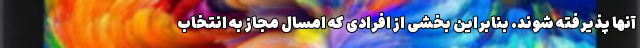
آنها پذیرفته شوند. بنابراین بخشی از افرادی که امسال مجاز به انتخاب